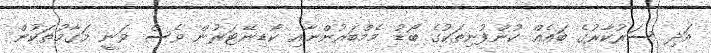
އަދި ސަރުކާރުގެ ބައެއް ކުންފުނިތަކުގެ ބޯޑު މެމްބަރުންނާއި ކޯޑިނޭޓަރުން ވެސް ވަނީ މަގާމުތަކުން